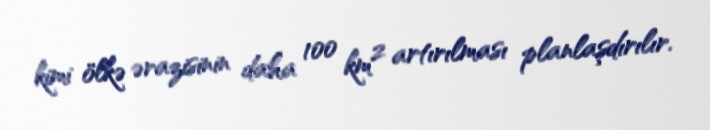
kimi ölkə ərazisinin daha 100 km² artırılması planlaşdırılır.